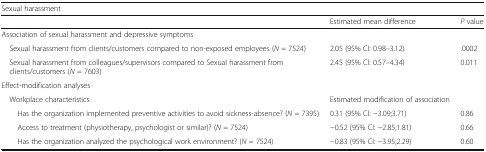
| <COLSPAN=3> Sexual harassment |
 |  | Estimated mean difference | P value |
 | --- | --- | --- |
 | <COLSPAN=3> Association of sexual harassment and depressive symptoms |
 | Sexual harassment from clients/customers compared to non-exposed employees (N = 7524) | 2.05 (95% CI: 0.98–3.12) | .0002 |
 | Sexual harassment from colleagues/supervisors compared to Sexual harassment from clients/customers (N = 7603) | 2.45 (95% CI: 0.57–4.34) | 0.011 |
 | <COLSPAN=3> Effect-modification analyses |
 | Workplace characteristics | Estimated modification of association |  |
 | Has the organization implemented preventive activities to avoid sickness-absence? (N = 7395) | 0.31 (95% CI: −3.09;3.71) | 0.86 |
 | Access to treatment (physiotherapy, psychologist or similar)? (N = 7524) | −0.52 (95% CI: −2.85;1.81) | 0.66 |
 | Has the organization analyzed the psychological work environment? (N = 7524) | −0.83 (95% CI: −3.95;2.29) | 0.60 |